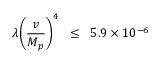
\lambda \biggl ( \frac { v } { M _ { p } } \biggr ) ^ { 4 } \; \; \leq \; \; 5 . 9 \times 1 0 ^ { - 6 } \,